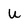
Character: U